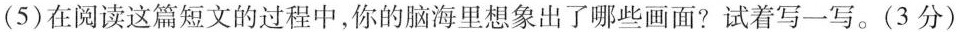
(5)在阅读这篇短文的过程中，你的脑海里想象出了哪些画面?试着写一写。(3分)